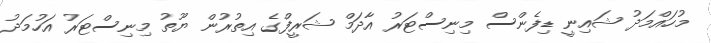
މުހައްމަދު ޝައިނީ ޑިފެންސް މިނިސްޓަރު އާދަމް ޝަރީފްގެ އިތުރުން ޔޫތު މިނިސްޓަރު އަހުމަދު